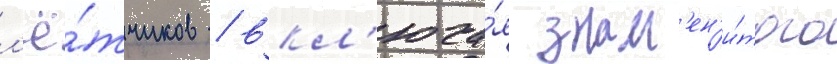
л'ё́тчиков / вкл'юча́я знам'ен'и́того